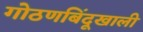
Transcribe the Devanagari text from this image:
गोठणबिंदूखाली